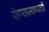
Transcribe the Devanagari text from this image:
येण्याजाण्याची